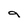
Character: 9